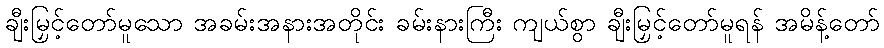
ချီးမြှင့်တော်မူသော အခမ်းအနားအတိုင်း ခမ်းနားကြီး ကျယ်စွာ ချီးမြှင့်တော်မူရန် အမိန့်တော်